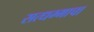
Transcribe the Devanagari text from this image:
सत्धम्माचा